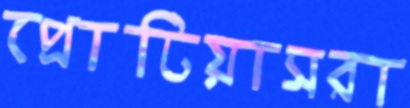
প্রোটিয়াসরা